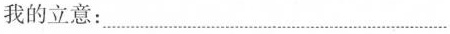
我的立意：……